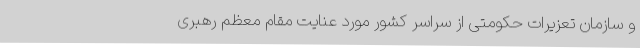
و سازمان تعزیرات حکومتی از سراسر کشور مورد عنایت مقام معظم رهبری